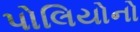
પોલિયોનો